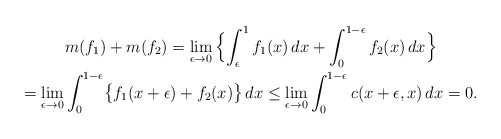
\begin{gather*}m(f_1)+m(f_2)=\lim_{\epsilon\rightarrow 0}\,\Bigl\{\int_\epsilon^1f_1(x)\,dx+\int_0^{1-\epsilon}f_2(x)\,dx\Bigr\}\\=\lim_{\epsilon\rightarrow 0}\int_0^{1-\epsilon}\bigl\{f_1(x+\epsilon)+f_2(x)\bigr\}\,dx\le\lim_{\epsilon\rightarrow 0}\int_0^{1-\epsilon}c(x+\epsilon,x)\,dx=0.\end{gather*}